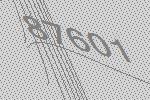
87601